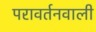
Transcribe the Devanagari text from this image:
परावर्तनवाली